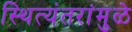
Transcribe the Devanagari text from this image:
स्थित्यंतरांमुळे